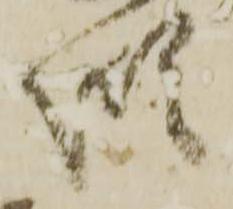
惶